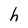
Character: h